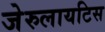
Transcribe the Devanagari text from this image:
जेरुलायटिस